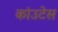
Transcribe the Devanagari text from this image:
कांउटेस